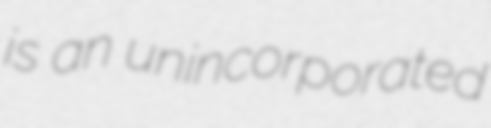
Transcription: is an unincorporated